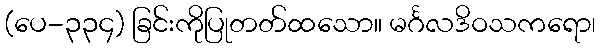
(ပေ-၃၃၄) ခြင်းကိုပြုတတ်ထသော။ မင်္ဂလဒိဝသကရော၊